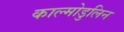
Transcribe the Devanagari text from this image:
काल्मोडुलिन